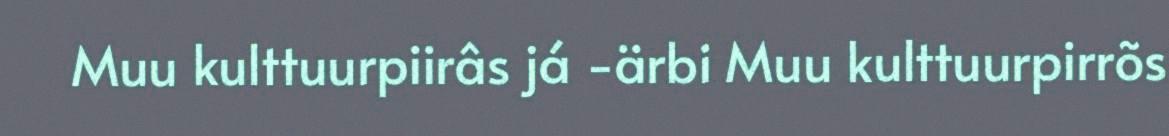
Muu kulttuurpiirâs já -ärbi Muu kulttuurpirrõs